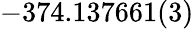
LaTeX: -374.137661(3)